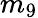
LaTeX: m_{9}